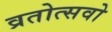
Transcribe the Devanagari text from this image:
व्रतोत्सवो